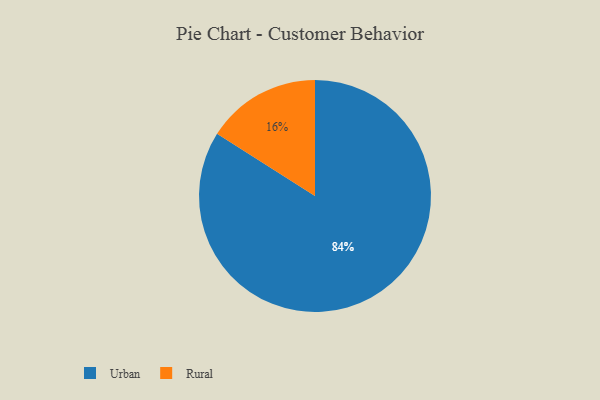
{"axis": {"x": "Category", "y": "Percentage"}, "legend": ["Rural", "Urban"], "data": [{"x": "Rural", "y": 16, "type": "Rural"}, {"x": "Urban", "y": 84, "type": "Urban"}]}